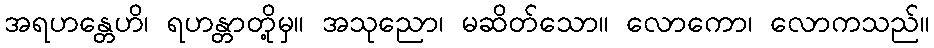
အရဟန္တေဟိ၊ ရဟန္တာတို့မှ။ အသုညော၊ မဆိတ်သော။ လောကော၊ လောကသည်။